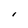
Character: I